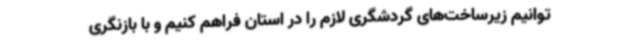
توانیم زیرساخت‌های گردشگری لازم را در استان فراهم کنیم و با بازنگری